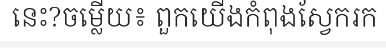
នេះ?ចម្លើយ៖ ពួកយើងកំពុងស្វែករក